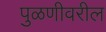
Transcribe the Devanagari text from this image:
पुळणीवरील